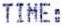
TIME: